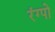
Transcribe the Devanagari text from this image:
रंग्पो